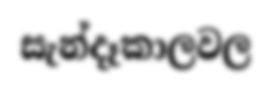
සැන්දෑකාලවල